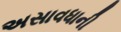
અસાવધાની